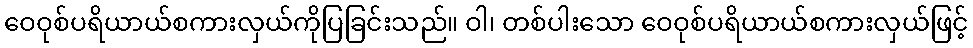
ဝေဝုစ်ပရိယာယ်စကားလှယ်ကိုပြခြင်းသည်။ ဝါ၊ တစ်ပါးသော ဝေဝုစ်ပရိယာယ်စကားလှယ်ဖြင့်